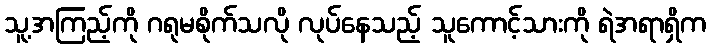
သူ့အကြည့်ကို ဂရုမစိုက်သလို လုပ်နေသည့် သူကောင့်သားကို ရဲအရာရှိက